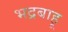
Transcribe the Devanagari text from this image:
भद्रबाहू